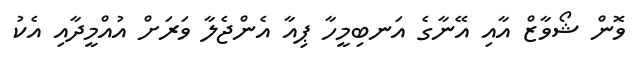
ވޮން ޝޯވާޒް އާއި އޭނާގެ އަނބިމީހާ ޕިއާ އެންޖެލާ ވަރަށް އުއްމީދާއި އެކު